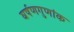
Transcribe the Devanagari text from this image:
घर्षणगुणांक